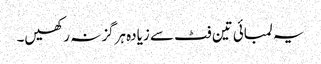
یہ لمبائی تین فٹ سے زیادہ ہرگز نہ رکھیں۔